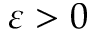
\varepsilon > 0